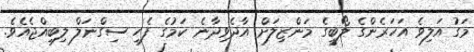
މަގު އަލިވެ އަހަރެންގެ ލޯބީގެ މަންޒިލަށް އާދެވިދާނެ ކަމުގެ ފެހި ސިގްނަލް ލިބިއްޖެއެވެ.